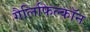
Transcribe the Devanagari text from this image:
गैलिफिल्कॉन